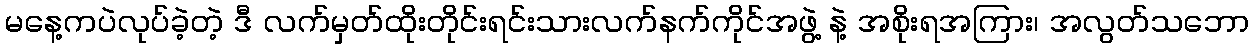
မနေ့ကပဲလုပ်ခဲ့တဲ့ ဒီ လက်မှတ်ထိုးတိုင်းရင်းသားလက်နက်ကိုင်အဖွဲ့ နဲ့ အစိုးရအကြား၊ အလွတ်သဘော